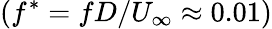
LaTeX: (f^{*}=fD/U_{\infty}\approx 0.01)